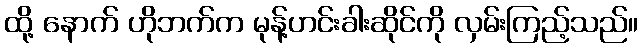
ထို့ နောက် ဟိုဘက်က မုန့်ဟင်းခါးဆိုင်ကို လှမ်းကြည့်သည်။